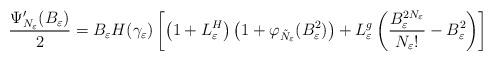
LaTeX: \begin{align*}\frac{\Psi'_{N_\varepsilon}(B_\varepsilon)}{2}=B_\varepsilon H(\gamma_\varepsilon)\left[\left(1+L^H_\varepsilon \right)\left(1+\varphi_{\tilde{N}_\varepsilon}(B_\varepsilon^2) \right)+L^g_\varepsilon \left(\frac{B_\varepsilon^{2N_\varepsilon}}{N_\varepsilon !}-B_\varepsilon^2 \right)\right]\end{align*}